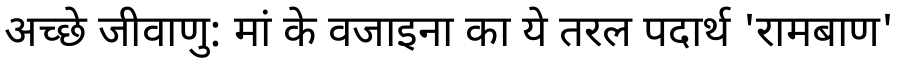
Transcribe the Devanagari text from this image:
अच्छे जीवाणु: मां के वजाइना का ये तरल पदार्थ 'रामबाण'